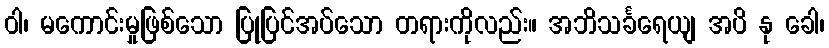
ဝါ၊ မကောင်းမှုဖြစ်သော ပြုပြင်အပ်သော တရားကိုလည်း။ အဘိသင်္ခရေယျ အပိ နု ခေါ၊